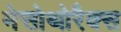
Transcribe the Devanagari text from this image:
मेसोथोरैक्स